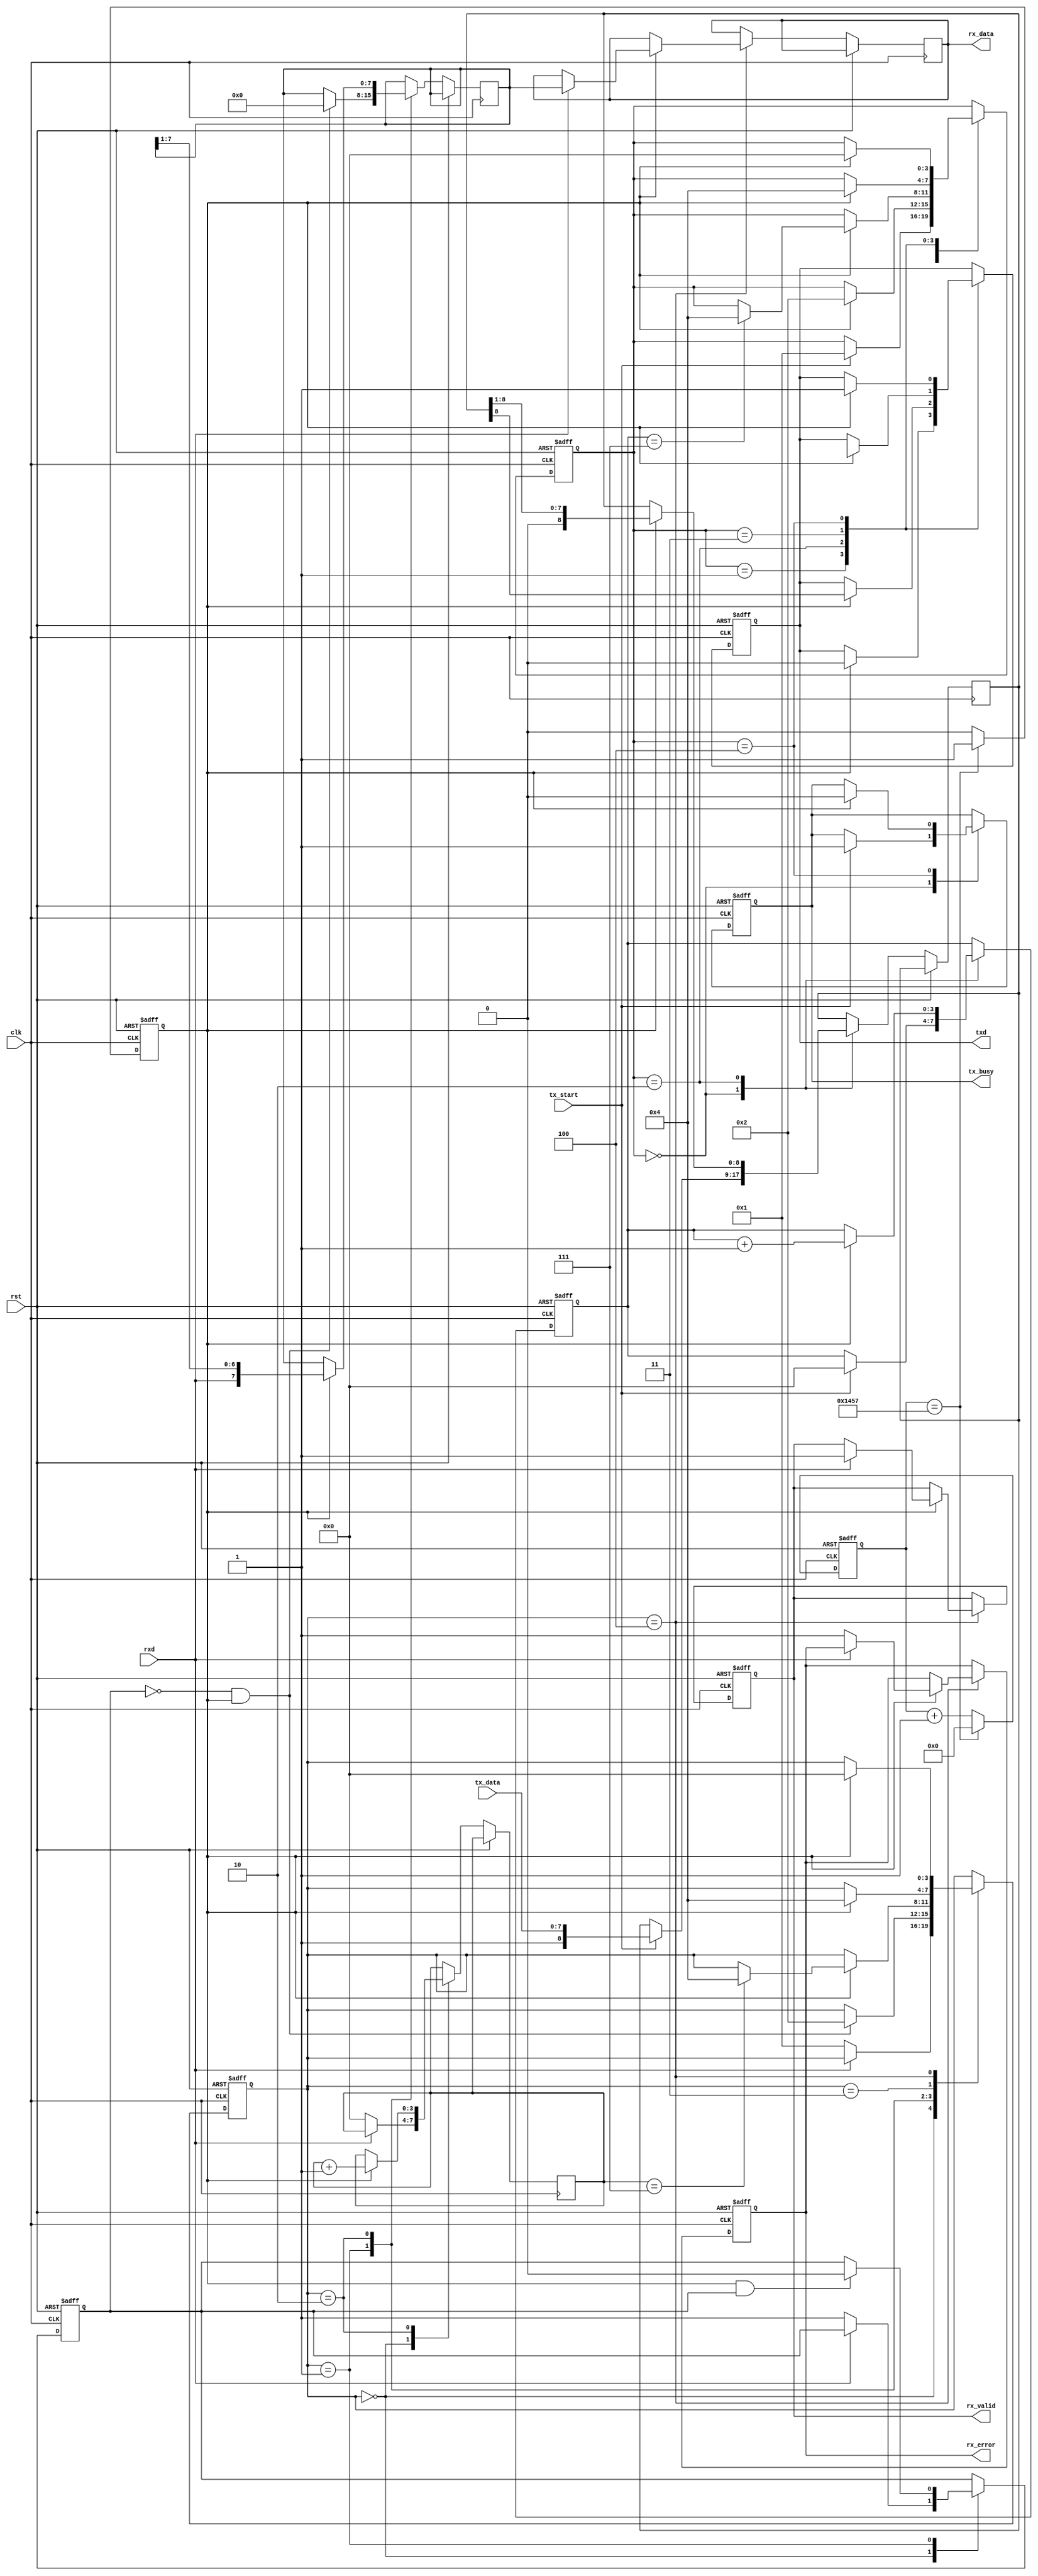
module parameterized_uart #(
    parameter BAUD_RATE = 9600,
    parameter DATA_BITS = 8,
    parameter STOP_BITS = 1,
    parameter PARITY = "NONE", // Options: "NONE", "EVEN", "ODD"
    parameter CLOCK_FREQ = 50000000 // 50 MHz
)(
    input wire clk,
    input wire rst,
    input wire tx_start,
    input wire [DATA_BITS-1:0] tx_data,
    output reg txd,
    output reg tx_busy,
    input wire rxd,
    output reg [DATA_BITS-1:0] rx_data,
    output reg rx_valid,
    output reg rx_error
);

    // Baud rate generation
    localparam BAUD_DIV = CLOCK_FREQ / BAUD_RATE;
    reg [15:0] baud_counter;
    reg baud_tick;

    always @(posedge clk or posedge rst) begin
        if (rst) begin
            baud_counter <= 0;
            baud_tick <= 0;
        end else begin
            if (baud_counter == BAUD_DIV - 1) begin
                baud_counter <= 0;
                baud_tick <= 1;
            end else begin
                baud_counter <= baud_counter + 1;
                baud_tick <= 0;
            end
        end
    end

    // Transmitter
    reg [3:0] tx_state;
    reg [DATA_BITS + 1 + (PARITY != "NONE") - 1:0] tx_shift_reg;
    reg [3:0] tx_bit_count;

    localparam TX_IDLE = 0, TX_START = 1, TX_DATA = 2, TX_PARITY = 3, TX_STOP = 4;

    always @(posedge clk or posedge rst) begin
        if (rst) begin
            txd <= 1;
            tx_busy <= 0;
            tx_state <= TX_IDLE;
            tx_bit_count <= 0;
        end else begin
            case (tx_state)
                TX_IDLE: begin
                    if (tx_start) begin
                        tx_shift_reg <= {1'b1, tx_data}; // Start bit + data
                        if (PARITY != "NONE") begin
                            tx_shift_reg[DATA_BITS + 1] <= (PARITY == "EVEN") ? ~^tx_data : ^tx_data; // Parity bit
                        end
                        tx_state <= TX_START;
                        tx_busy <= 1;
                        tx_bit_count <= 0;
                    end
                end
                TX_START: begin
                    if (baud_tick) begin
                        txd <= 0; // Send start bit
                        tx_state <= TX_DATA;
                    end
                end
                TX_DATA: begin
                    if (baud_tick) begin
                        txd <= tx_shift_reg[DATA_BITS + 1 + (PARITY != "NONE") - 1]; // Send data
                        tx_shift_reg <= {1'b0, tx_shift_reg[DATA_BITS + 1 + (PARITY != "NONE") - 1:1]}; // Shift
                        tx_bit_count <= tx_bit_count + 1;
                        if (tx_bit_count == DATA_BITS - 1) begin
                            tx_state <= (PARITY != "NONE") ? TX_PARITY : TX_STOP;
                        end
                    end
                end
                TX_PARITY: begin
                    if (baud_tick) begin
                        txd <= tx_shift_reg[DATA_BITS + 1]; // Send parity bit
                        tx_state <= TX_STOP;
                    end
                end
                TX_STOP: begin
                    if (baud_tick) begin
                        txd <= 1; // Send stop bit
                        tx_state <= TX_IDLE;
                        tx_busy <= 0;
                    end
                end
            endcase
        end
    end

    // Receiver
    reg [3:0] rx_state;
    reg [DATA_BITS + (PARITY != "NONE") - 1:0] rx_shift_reg;
    reg [3:0] rx_bit_count;
    reg sampling;

    localparam RX_IDLE = 0, RX_START = 1, RX_DATA = 2, RX_PARITY = 3, RX_STOP = 4;

    always @(posedge clk or posedge rst) begin
        if (rst) begin
            rx_state <= RX_IDLE;
            rx_valid <= 0;
            rx_error <= 0;
            sampling <= 0;
        end else begin
            case (rx_state)
                RX_IDLE: begin
                    if (!rxd) begin // Detect start bit
                        rx_state <= RX_START;
                        rx_bit_count <= 0;
                        sampling <= 1;
                    end
                end
                RX_START: begin
                    if (baud_tick && sampling) begin
                        sampling <= 0; // Sample at the middle of the start bit
                    end
                    if (!sampling && baud_tick) begin
                        rx_state <= RX_DATA;
                        rx_shift_reg <= 0;
                    end
                end
                RX_DATA: begin
                    if (baud_tick) begin
                        rx_shift_reg <= {rxd, rx_shift_reg[DATA_BITS + (PARITY != "NONE") - 1:1]}; // Shift in data
                        rx_bit_count <= rx_bit_count + 1;
                        if (rx_bit_count == DATA_BITS - 1) begin
                            rx_state <= (PARITY != "NONE") ? RX_PARITY : RX_STOP;
                        end
                    end
                end
                RX_PARITY: begin
                    if (baud_tick) begin
                        // Check parity
                        if (PARITY == "EVEN" && ^rx_shift_reg[DATA_BITS-1:0] != rxd) begin
                            rx_error <= 1; // Parity error
                        end else if (PARITY == "ODD" && ^rx_shift_reg[DATA_BITS-1:0] == rxd) begin
                            rx_error <= 1; // Parity error
                        end
                        rx_state <= RX_STOP;
                    end
                end
                RX_STOP: begin
                    if (baud_tick) begin
                        if (rxd) begin // Check stop bit
                            rx_data <= rx_shift_reg[DATA_BITS-1:0]; // Valid data
                            rx_valid <= 1;
                        end else begin
                            rx_error <= 1; // Framing error
                        end
                        rx_state <= RX_IDLE;
                    end
                end
            endcase
        end
    end

endmodule